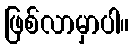
ဖြစ်လာမှာပါ။